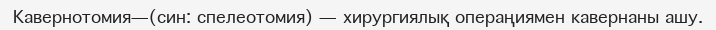
Кавернотомия—(син: спелеотомия) — хирургиялық операңиямен кавернаны ашу.